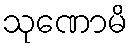
သုဏောမိ